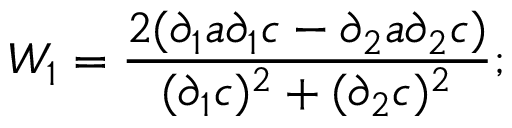
W _ { 1 } = \frac { 2 ( { \partial } _ { 1 } a \partial _ { 1 } c - \partial _ { 2 } a \partial _ { 2 } c ) } { ( { \partial } _ { 1 } c ) ^ { 2 } + ( { \partial } _ { 2 } c ) ^ { 2 } } ;